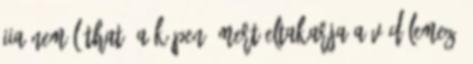
IIA nem látható a képen, mert eltakarja a védőlemez.